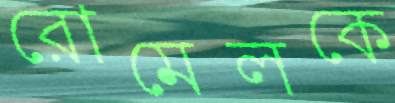
রোমেলকে